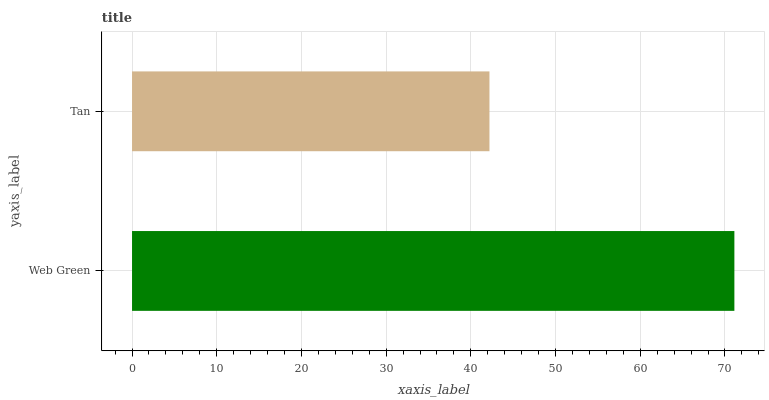
| yaxis_label | bars |
 | --- | --- |
 | Web Green | 71.1 |
 | Tan | 42.2 |